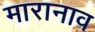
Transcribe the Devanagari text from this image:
मारानाव